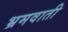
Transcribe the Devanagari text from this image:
भ्रमवाती